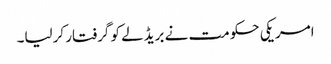
امریکی حکومت نے بریڈلے کو گرفتار کرلیا۔